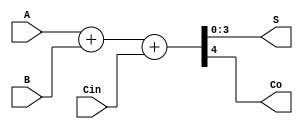
  `timescale 1ns/1ns
module Q2(input [3:0] A,B,input Cin, output [3:0] S, output Co);
assign {Co,S}=A+B+Cin;
endmodule